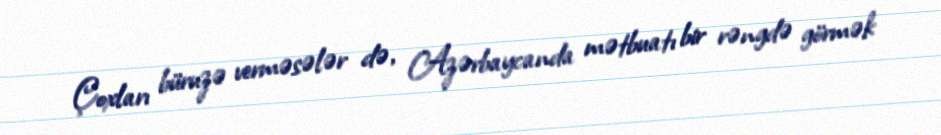
Çoxları büruzə verməsələr də, Azərbaycanda mətbuatı bir rəngdə görmək